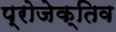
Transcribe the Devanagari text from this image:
प्रोजेक्तिव